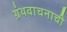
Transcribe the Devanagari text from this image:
ग्रंथवाचनाची